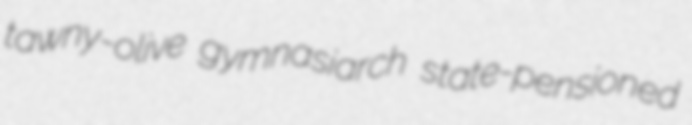
tawny-olive gymnasiarch state-pensioned